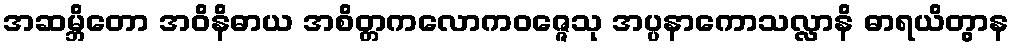
အဆမ္ဘိတော အဝိနိဓာယ အစိတ္တကလောကဝဇ္ဇေသု အပ္ပနာကောသလ္လာနိ ဓာရယိတွာန